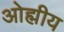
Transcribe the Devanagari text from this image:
ओह्मीय